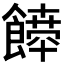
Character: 𩞴